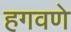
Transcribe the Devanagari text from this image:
हगवणे